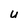
Character: u